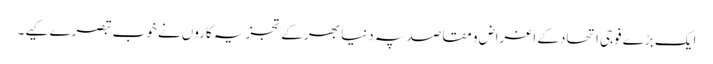
ایک بڑے فوجی اتحاد کے اغراض و مقاصد پہ دنیا بھر کے تجزیہ کاروں نے خوب تبصرے کیے۔